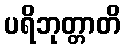
ပရိဘုတ္တာတိ